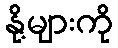
နို့များကို